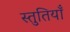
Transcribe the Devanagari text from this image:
स्‍तुतियाँ